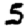
Digit: 5